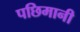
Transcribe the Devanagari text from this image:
पछिमानी